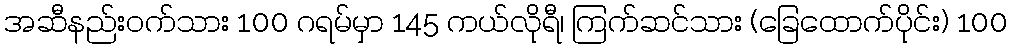
အဆီနည်း၀က်သား 100 ဂရမ်မှာ 145 ကယ်လိုရီ၊ ကြက်ဆင်သား (ခြေထောက်ပိုင်း) 100